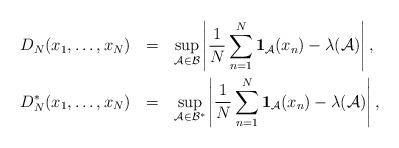
LaTeX: \begin{align*} \begin{aligned} D_N(x_1,\ldots,x_N)\:\:\: & = \:\:\: \sup_{\mathcal{A}\in\mathcal{B}}\left|\frac{1}{N}\sum_{n=1}^N\mathbf{1}_{\mathcal{A}}(x_n)-\lambda(\mathcal{A})\right|,\\ D^*_N(x_1,\ldots,x_N)\:\:\: & =\:\:\: \sup_{\mathcal{A}\in\mathcal{B}^*}\left|\frac{1}{N}\sum_{n=1}^N\mathbf{1}_{\mathcal{A}}(x_n)-\lambda(\mathcal{A})\right|, \end{aligned}\end{align*}